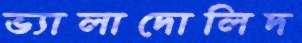
ভ্যালাদোলিদ